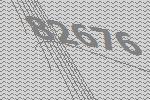
82676